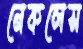
নেকলেস